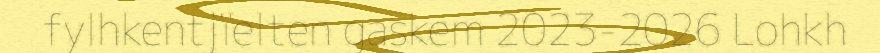
fylhkentjïelten gaskem 2023-2026 Lohkh